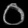
Digit: ၀